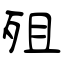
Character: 殂